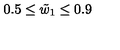
0 . 5 \le \tilde { w } _ { 1 } \le 0 . 9